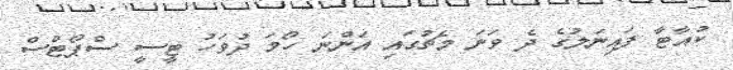
ކުއާޓާ ފައިނަލުގެ ދެ ވަނަ މެޗުގައި އަންނަ ހޯމަ ދުވަހު ޓީސީ ސްޕޯޓްސް